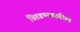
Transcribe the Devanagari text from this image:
चिरडण्याकरिता